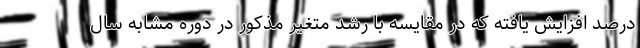
درصد افزایش یافته که در مقایسه با رشد متغیر مذکور در دوره مشابه سال